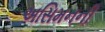
અસિમનની